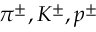
\pi ^ { \pm } , K ^ { \pm } , p ^ { \pm }